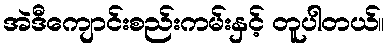
အဲဒီကျောင်းစည်းကမ်းနှင့် တူပါတယ်။